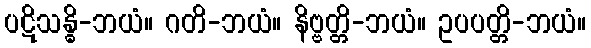
ပဋိသန္ဓိ-ဘယံ။ ဂတိ-ဘယံ။ နိဗ္ဗတ္တိ-ဘယံ။ ဥပပတ္တိ-ဘယံ။